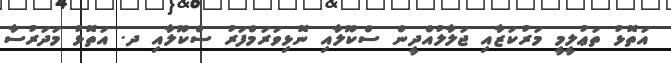
އަތޮޅު ތަޢުލީމީ މަރުކަޒާއި ޖަލާލުއްދީން ސްކޫލާއި ނޮޅިވަރަމްފަރު ސްކޫލާއި ދ. އަތޮޅު މަދަރުސާ